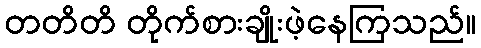
တတိတိ တိုက်စားချိုးဖဲ့နေကြသည်။